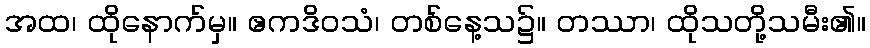
အထ၊ ထိုနောက်မှ။ ဧကဒိဝသံ၊ တစ်နေ့သ၌။ တဿာ၊ ထိုသတို့သမီး၏။